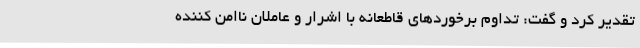
تقدیر کرد و گفت: تداوم برخوردهای قاطعانه با اشرار و عاملان ناامن کننده